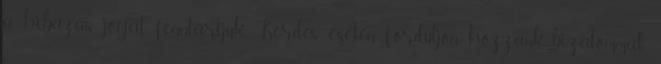
a hibázás jogát fenntartjuk. Kérdés esetén forduljon hozzánk bizalommal: